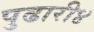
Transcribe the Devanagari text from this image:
पुढारी४